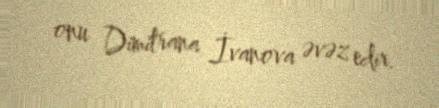
onu Dimitrana İvanova əvəz edir.